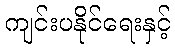
ကျင်းပနိုင်ရေးနှင့်